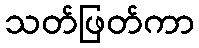
သတ်ဖြတ်ကာ